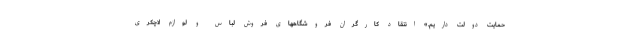
حمایت دولت داریم.» انتقاد کارگران فروشگاههای فروش لباس و لوازم لاچکری